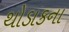
થોડાકના